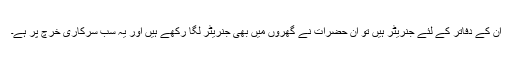
ان کے دفاتر کے لئے جنریٹر ہیں تو ان حضرات نے گھروں میں بھی جنریٹر لگا رکھے ہیں اور یہ سب سرکاری خرچ پر ہے۔